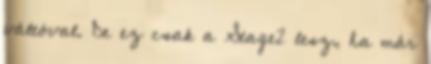
váltóval. De ez csak a Stage2 lesz, ha már